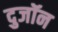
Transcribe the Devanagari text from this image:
दुजॉन